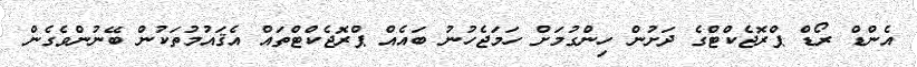
އެންޑް ރޯޑް ޕްރޮޖެކްޓްގެ ދަށުން ހިންގުމަށް ހަމަޖެހުނު ބައެއް ޕްރޮޖެކްޓްތައް އެޤައުމުތަކުން ބޭނުންވެގެން